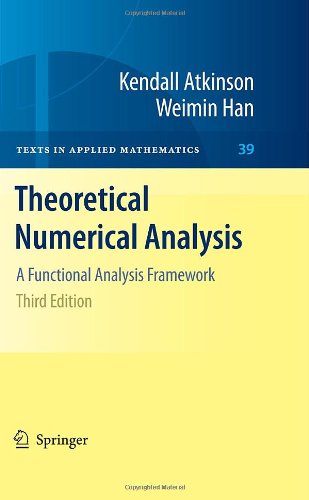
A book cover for Theoretical Numerical Analysis: A Functional Analysis Framework (Texts in Applied Mathematics); Kendall Atkinson; Science & Math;